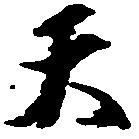
天